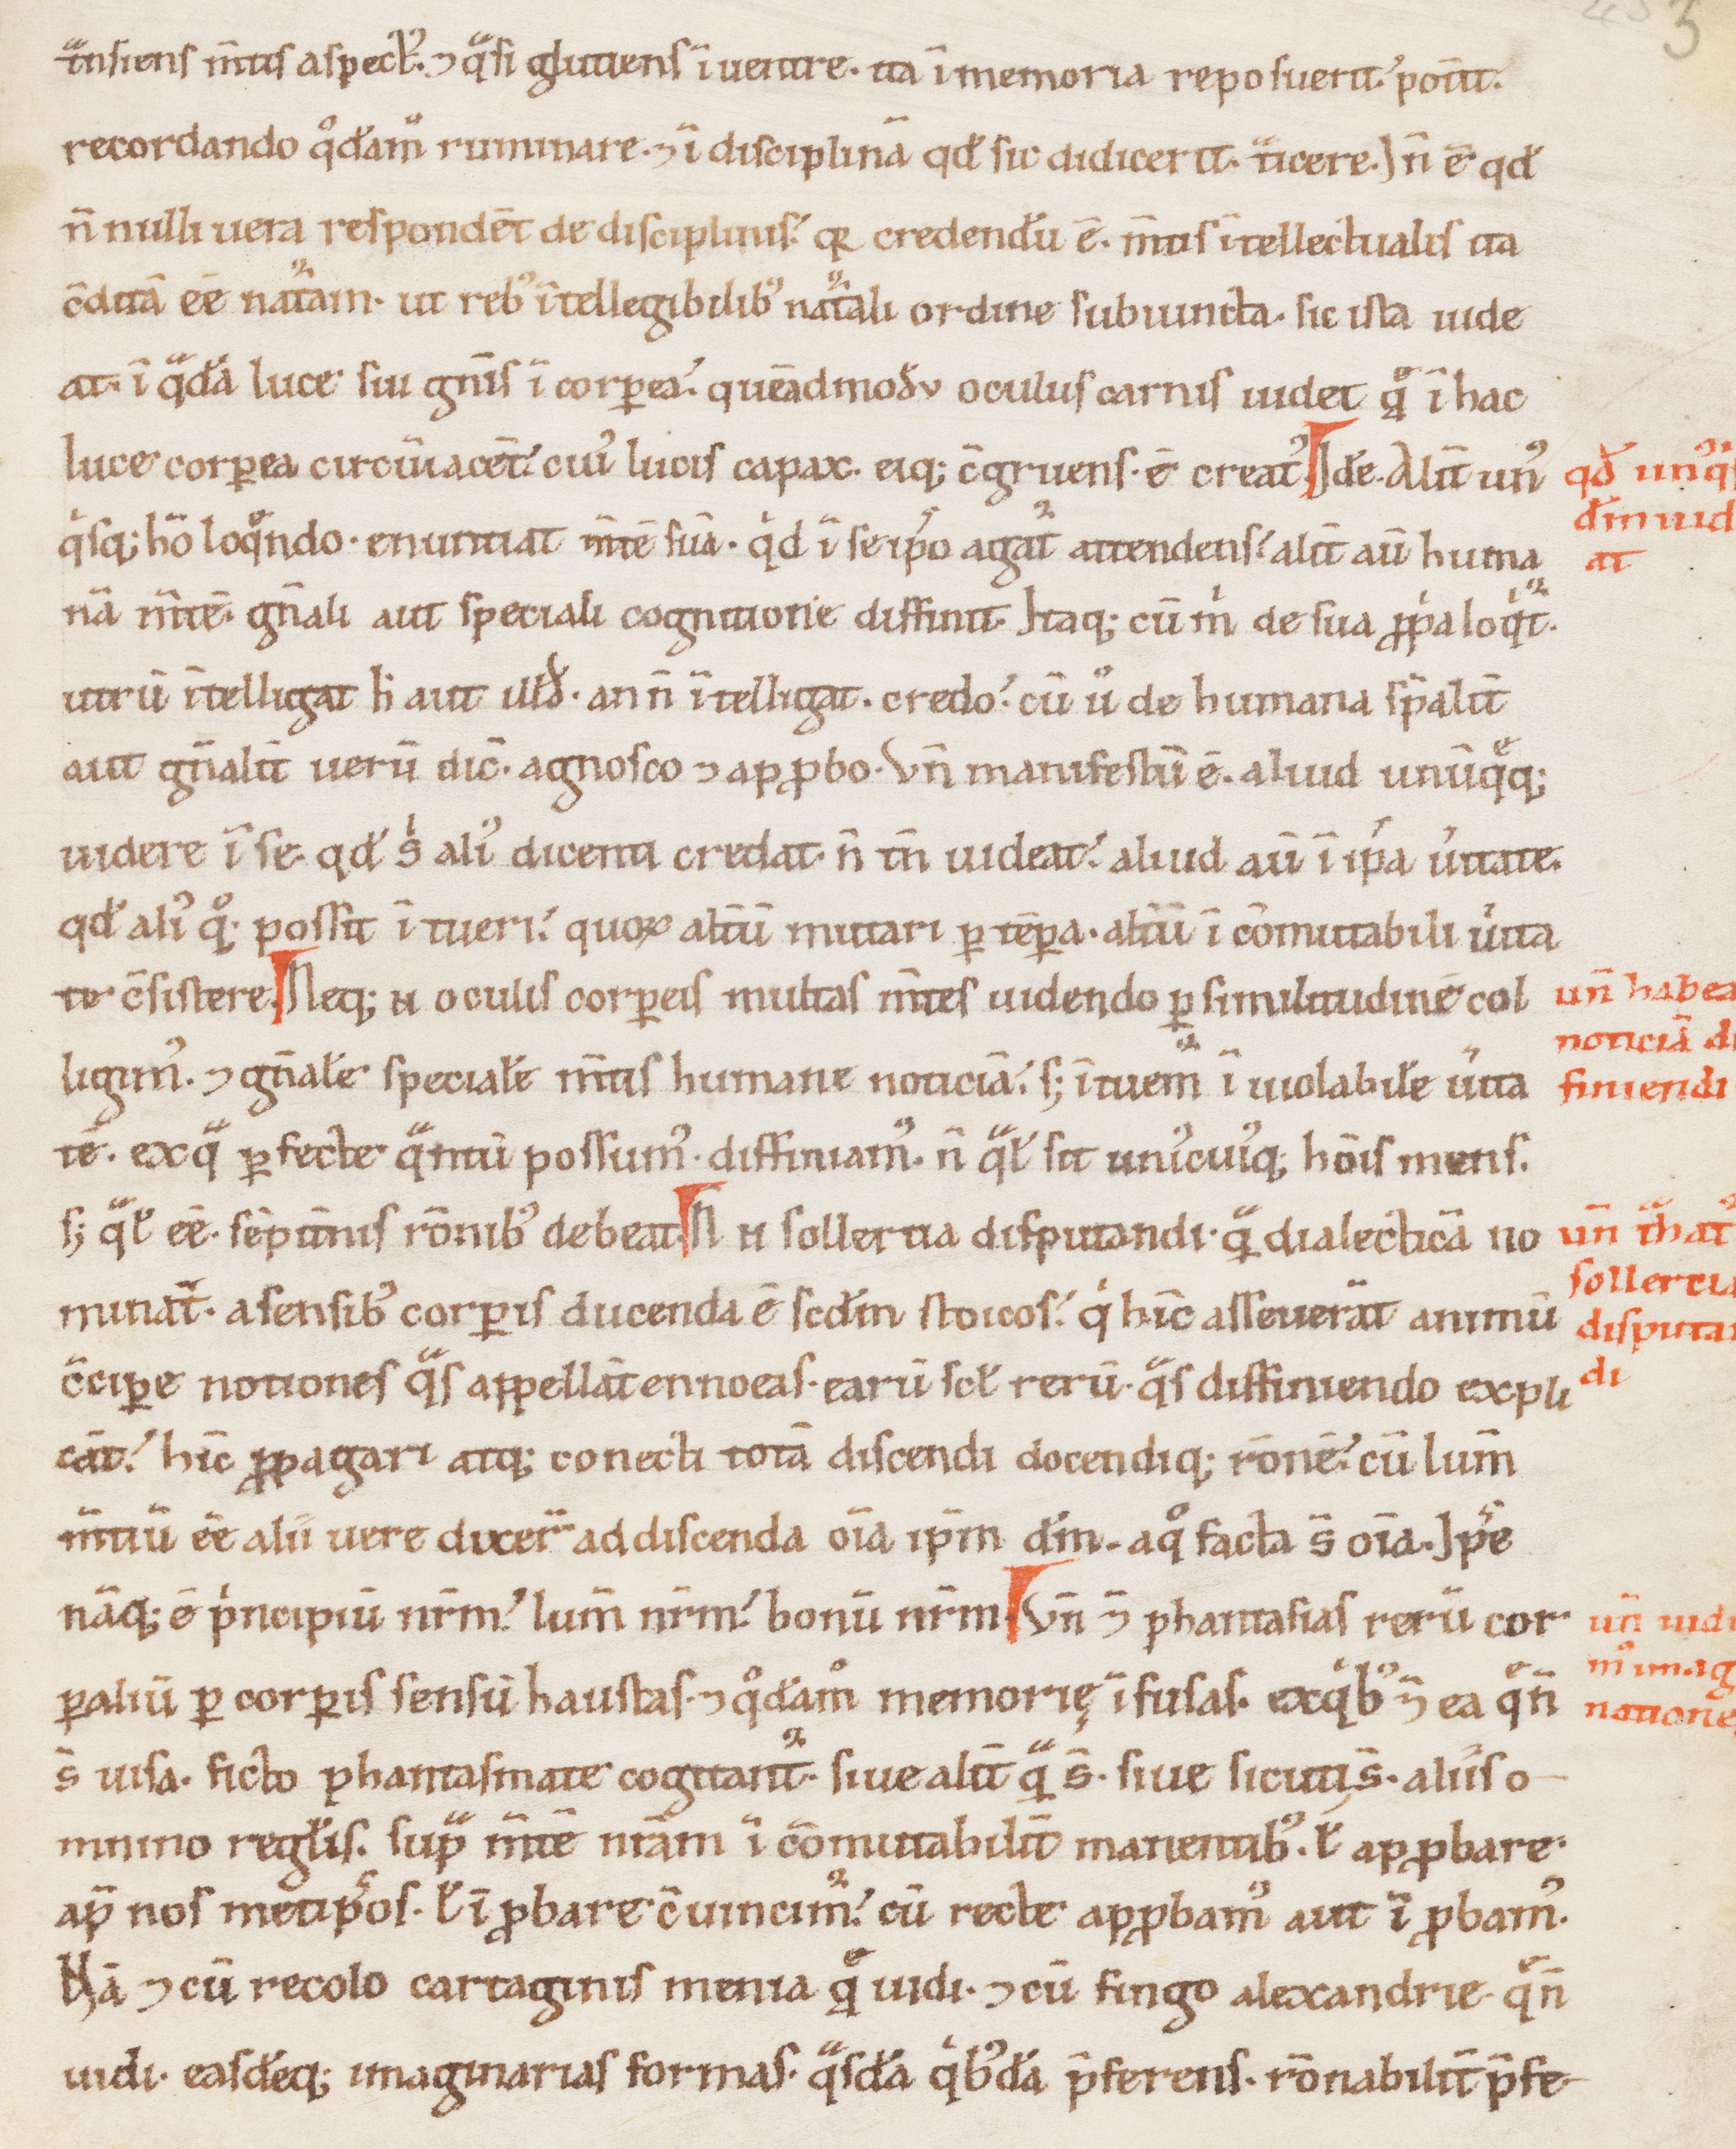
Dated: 1100–1199